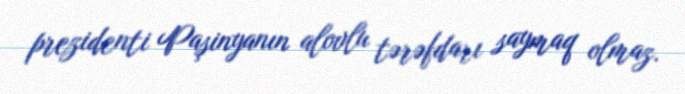
prezidenti Paşinyanın alovlu tərəfdarı saymaq olmaz.